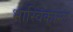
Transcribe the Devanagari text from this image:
भास्विकाम्ल